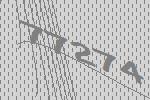
77274